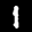
Label: 1